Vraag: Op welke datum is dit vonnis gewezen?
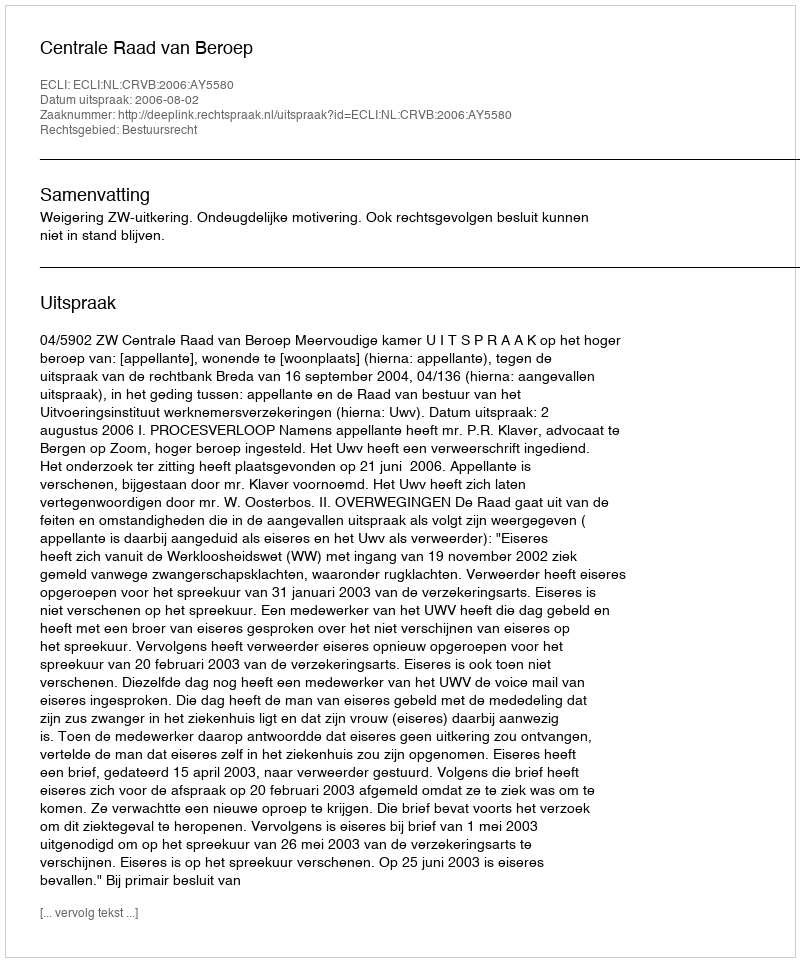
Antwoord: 2006-08-02